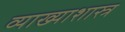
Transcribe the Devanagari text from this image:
व्याख्याशास्त्र